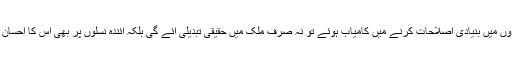
عمران خان اور تو کوئی وعدہ ایفاء نہ کرسکے لیکن اگر وہ اعلیٰ تعلیمی اداروں میں بنیادی اصلاحات کرنے میں کامیاب ہوئے تو نہ صرف ملک میں حقیقی تبدیلی آئے گی بلکہ آئندہ نسلوں پر بھی اس کا احسان رہے گا اور ویسے بھی تبدیلی آنے کا بتایا نہیں جاتا، عمل سے نظر آتا ہے۔